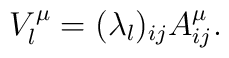
V_l^{\mu}=(\lambda_l)_{ij}A^{\mu}_{ij}.